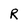
Character: R